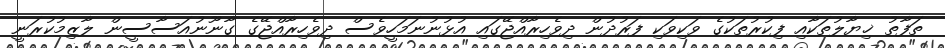
ތަފާތު ޚިޔާލުތަކާއި ފިކުރުތަކުގެ ވަކިވަކި ފަރުދުން ދިވެހިރާއްޖޭގައި އުޅުނުނަމަހީވެސް ދިވެހިރާއްޖޭގެ ގާނޫނުއަސާސީން ލާޒިމުކުރަނީ